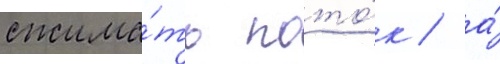
сжима́ть пото́к / а́